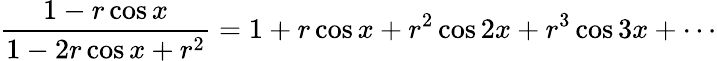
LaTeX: {\frac{1-r\cos x}{1-2r\cos x+r^{2}}}=1+r\cos x+r^{2}\cos 2x+r^{3}\cos 3x+\cdots